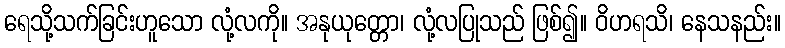
ရေသို့သက်ခြင်းဟူသော လုံ့လကို။ အနုယုတ္တော၊ လုံ့လပြုသည် ဖြစ်၍။ ဝိဟရသိ၊ နေသနည်း။